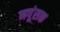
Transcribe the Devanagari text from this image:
नपूंसक